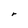
Character: r